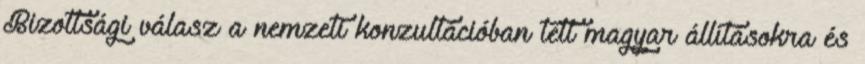
Bizottsági válasz a nemzeti konzultációban tett magyar állításokra és